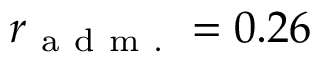
r _ { \mathrm { ~ a ~ d ~ m ~ . ~ } } = 0 . 2 6